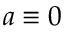
a \equiv 0